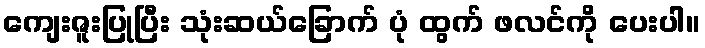
ကျေးဇူးပြုပြီး သုံးဆယ်ခြောက် ပုံ ထွက် ဖလင်ကို ပေးပါ။